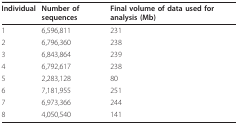
| Individual | Number of sequences | Final volume of data used for analysis (Mb) |
 | --- | --- | --- |
 | 1 | 6,596,811 | 231 |
 | 2 | 6,796,360 | 238 |
 | 3 | 6,843,864 | 239 |
 | 4 | 6,792,617 | 238 |
 | 5 | 2,283,128 | 80 |
 | 6 | 7,181,955 | 251 |
 | 7 | 6,973,366 | 244 |
 | 8 | 4,050,540 | 141 |